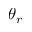
\theta _ { r }